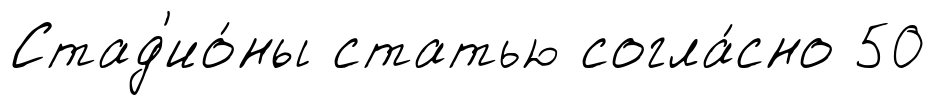
Стад'ио́ны статью согла́сно 50